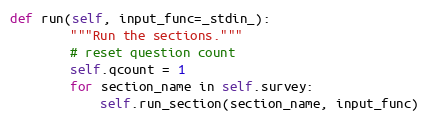
Language: Python
def run(self, input_func=_stdin_):
        """Run the sections."""
        # reset question count
        self.qcount = 1
        for section_name in self.survey:
            self.run_section(section_name, input_func)